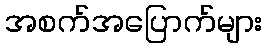
အစက်အပြောက်များ